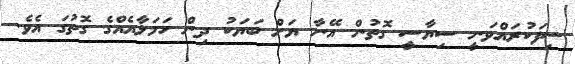
ސިފަކުރައްވަނީ ސިޔާސީ ގޮތުން އޭނާ ޔަށް ބަޔަކު ދިން ހަމަލާއެއްގެ ގޮތުގަ އެވެ.